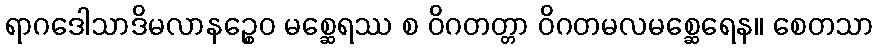
ရာဂဒေါသာဒိမလာနဉ္စေဝ မစ္ဆေရဿ စ ဝိဂတတ္တာ ဝိဂတမလမစ္ဆေရေန။ စေတသာ